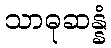
သာဓုဆန္နံ